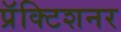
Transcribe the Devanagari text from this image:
प्रॅक्टिशनर